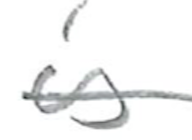
Text: is
Cross-out: single-line
Writing tool: pencil